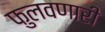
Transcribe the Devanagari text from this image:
फुलवणारी